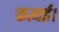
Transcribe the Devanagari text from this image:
कत्थई।